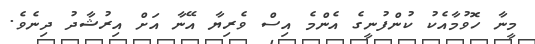
މީނާ ހޮވުމާއެކު ކުންފުނީގެ އެންމެ އިސް ވެރިޔާ އޭނާ އަށް އިރުޝާދު ދިނެވެ.